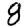
Digit: 8